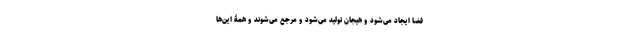
فضا ایجاد می‌شود و هیجان تولید می‌شود و مرجع می‌شوند و همۀ این‌ها